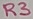
Text: R3